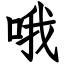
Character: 哦